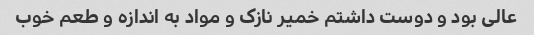
عالی بود و دوست داشتم خمیر نازک و مواد به اندازه و طعم خوب